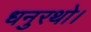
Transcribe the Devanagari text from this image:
धनुरथो।